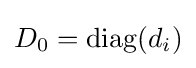
D_{0}=\operatorname {diag} (d_{i})